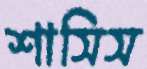
শাসিস